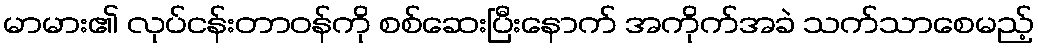
မာမား၏ လုပ်ငန်းတာဝန်ကို စစ်ဆေးပြီးနောက် အကိုက်အခဲ သက်သာစေမည့်